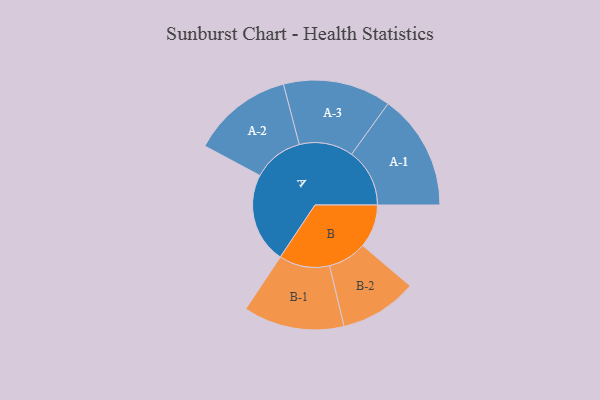
{"axis": {"x": "Segment", "y": "Value"}, "legend": ["", "A", "B"], "data": [{"x": "A", "y": 444, "type": ""}, {"x": "B", "y": 212, "type": ""}, {"x": "A-1", "y": 285, "type": "A"}, {"x": "A-2", "y": 248, "type": "A"}, {"x": "A-3", "y": 265, "type": "A"}, {"x": "B-1", "y": 248, "type": "B"}, {"x": "B-2", "y": 190, "type": "B"}]}